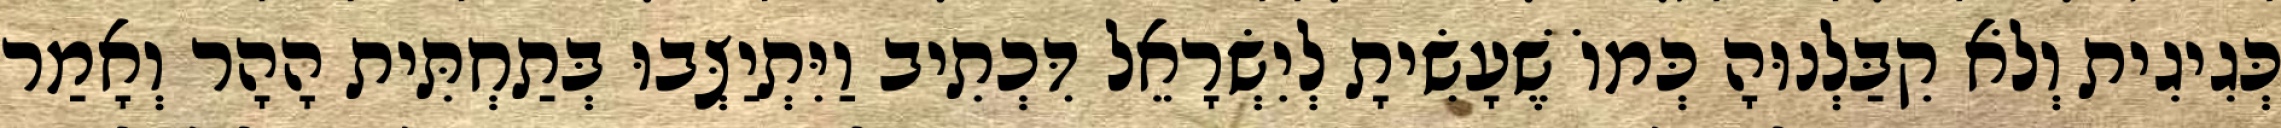
כְּגִיגִית וְלֹא קִבַּלְנוּהָ כְּמוֹ שֶׁעָשִׂיתָ לְיִשְׂרָאֵל דִּכְתִיב וַיִּתְיַצְּבוּ בְּתַחְתִּית הָהָר וְאָמַר